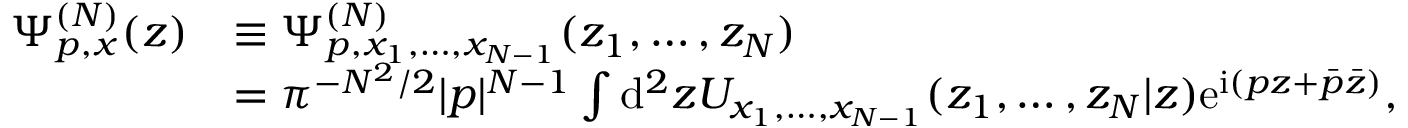
\begin{array} { r l } { \Psi _ { p , x } ^ { ( N ) } ( z ) } & { \equiv \Psi _ { p , x _ { 1 } , \dots , x _ { N - 1 } } ^ { ( N ) } ( z _ { 1 } , \dots , z _ { N } ) } \\ & { = \pi ^ { - N ^ { 2 } / 2 } | p | ^ { N - 1 } \int \mathrm { d } ^ { 2 } z U _ { x _ { 1 } , \dots , x _ { N - 1 } } ( z _ { 1 } , \dots , z _ { N } | z ) \mathrm { e } ^ { \mathrm { i } ( p z + \bar { p } \bar { z } ) } , } \end{array}